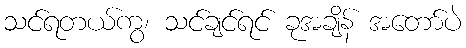
သင်ရတယ်ကွ၊ သင်ချင်ရင် ခုအချိန် အတော်ပဲ